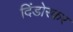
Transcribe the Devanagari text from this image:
दिंडोरकर